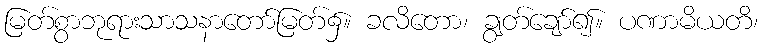
မြတ်စွာဘုရားသာသနာတော်မြတ်၌။ ခလိတော၊ ချွတ်ချော်၍။ ပဏာမိယတိ၊